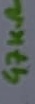
Text: 47KΩ